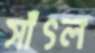
সাঁৎল